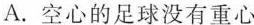
A.空心的足球没有重心